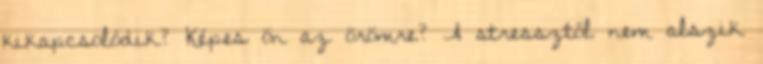
kikapcsolódik? Képes ön az örömre? A stressztől nem alszik